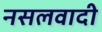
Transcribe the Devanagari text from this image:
नसलवादी